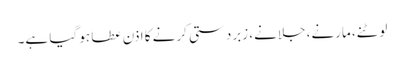
لوٹنے، مارنے، جلانے، زبردستی کرنے کا اذن عطا ہو گیا ہے۔